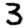
Digit: 3